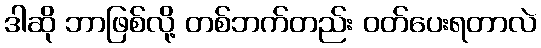
ဒါဆို ဘာဖြစ်လို့ တစ်ဘက်တည်း ဝတ်ပေးရတာလဲ